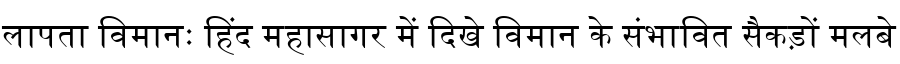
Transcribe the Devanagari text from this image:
लापता विमानः हिंद महासागर में दिखे विमान के संभावित सैकड़ों मलबे